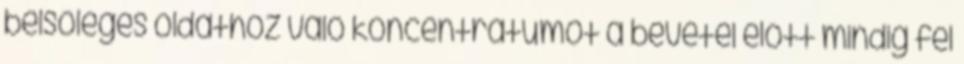
belsőleges oldathoz való koncentrátumot a bevétel előtt mindig fel